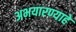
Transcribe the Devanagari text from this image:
अभयारण्याहे